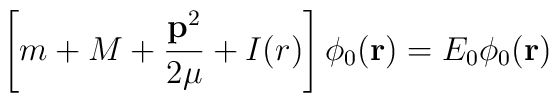
\left[m+M+\frac {{\bf p}^2}{2\mu}+I(r)\right]\phi_0({\bf r})=E_0\phi_0({\bf r})